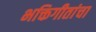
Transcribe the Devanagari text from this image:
भक्तिगीतांचा